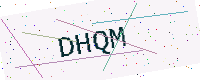
Text: DHQM